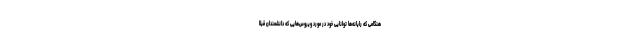
هنگامی که رایانه‌ها توانایی خود در مورد ویروس‌هایی که دانشمندان قبلا